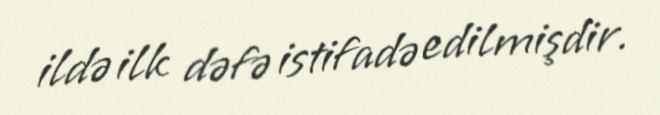
ildə ilk dəfə istifadə edilmişdir.